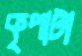
কৃপাটা